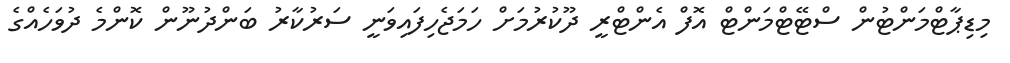
މިޑިޕާޓްމަންޓުން ސްޓޭޓްމަންޓް އޮފް އެންޓްރީ ދޫކުރުމަށް ހަމަޖެހިފައިވަނީ ސަރުކާރު ބަންދުނޫން ކޮންމެ ދުވަހެއްގެ